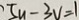
5 u - 3 V = 1